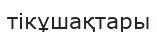
тікұшақтары